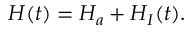
H ( t ) = H _ { a } + H _ { I } ( t ) .